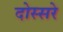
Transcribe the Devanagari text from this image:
दोस्सरे